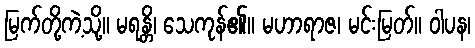
မြက်တို့ကဲ့သို့။ မရန္တိ၊ သေကုန်၏။ မဟာရာဇ၊ မင်းမြတ်။ ဝါပန၊